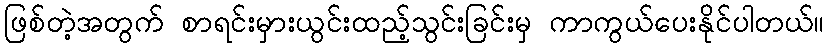
ဖြစ်တဲ့အတွက် စာရင်းမှားယွင်းထည့်သွင်းခြင်းမှ ကာကွယ်ပေးနိုင်ပါတယ်။